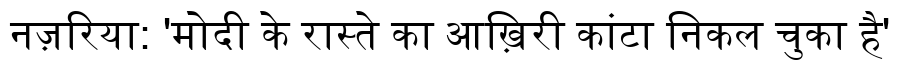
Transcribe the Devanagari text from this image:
नज़रिया: 'मोदी के रास्ते का आख़िरी कांटा निकल चुका है'